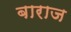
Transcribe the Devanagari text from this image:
बाराज